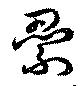
纍